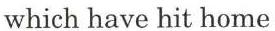
which have hit home